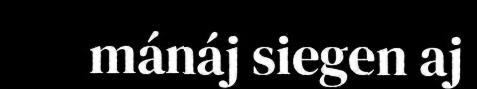
mánáj siegen aj